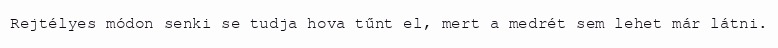
Rejtélyes módon senki se tudja hova tűnt el, mert a medrét sem lehet már látni.